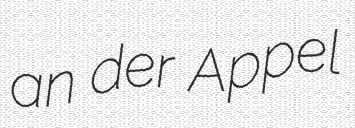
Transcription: an der Appel